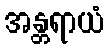
အန္တရာယံ